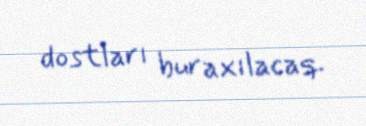
dostları buraxılacaq.